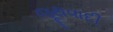
જૂથવાદી